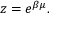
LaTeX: z = e ^ { \beta \mu } .